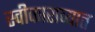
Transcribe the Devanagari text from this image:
स्वीकाराव्यात